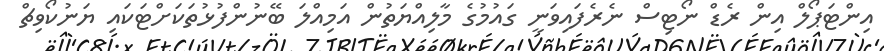
އިންޓަޕޯލް އިން ރެޑް ނޯޓިސް ނެރެފައިވަނީ ގައުމުގެ މާލިއްޔަތުން އަމިއްލަ ބޭނުންފުޅުތަކަށްޓަކައި ޔަނުކޯވިޗް